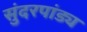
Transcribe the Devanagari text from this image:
सुंदरपांड्य